Plague in India, 1896, 1897 - Volume 1
Year: 1896
Disease focus: Plague
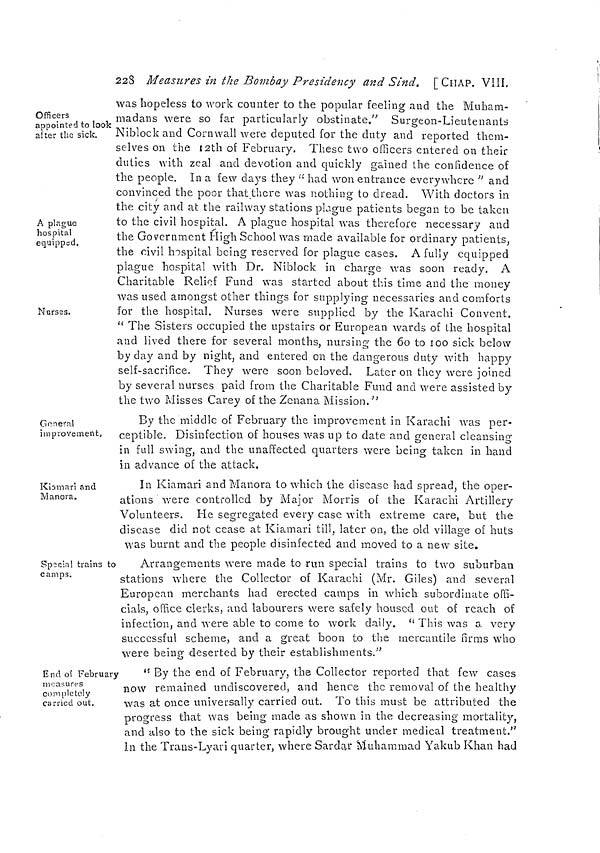
228 Measures in the Bombay Presidency and Sind. [CHAP. VIII.
Officers
appointed to look
after the sick.
A plague
hospital
equipped.
Nurses.
was hopeless to work counter to the popular feeling and the Muham-
madans were so far particularly obstinate." Surgeon-Lieutenants
Niblock and Cornwall were deputed for the duty and reported them-
selves on the 12th of February. These two officers entered on their
duties with zeal and devotion and quickly gained the confidence of
the people. In a few days they "had won entrance everywhere" and
convinced the poor that there was nothing to dread. With doctors in
the city and at the railway stations plague patients began to be taken
to the civil hospital. A plague hospital was therefore necessary and
the Government High School was made available for ordinary patients,
the civil hospital being reserved for plague cases. A fully equipped
plague hospital with Dr. Niblock in charge was soon ready. A
Charitable Relief Fund was started about this time and the money
was used amongst other things for supplying necessaries and comforts
for the hospital. Nurses were supplied by the Karachi Convent.
" The Sisters occupied the upstairs or European wards of the hospital
and lived there for several months, nursing the 60 to 100 sick below
by day and by night, and entered on the dangerous duty with happy
self-sacrifice. They were soon beloved. Later on they were joined
by several nurses paid from the Charitable Fund and were assisted by
the two Misses Carey of the Zenana Mission."
General
improvement,
By the middle of February the improvement in Karachi was per-
ceptible. Disinfection of houses was up to date and general cleansing
in full swing, and the unaffected quarters were being taken in hand
in advance of the attack,
Kiamari and
Manora.
In Kiamari and Manora to which the disease had spread, the oper-
ations were controlled by Major Morris of the Karachi Artillery
Volunteers. He segregated every case with extreme care, but the
disease did not cease at Kiamari till, later on, the old village of huts
was burnt and the people disinfected and moved to a new site.
Special trains to
camps.
Arrangements were made to run special trains to two suburban
stations where the Collector of Karachi (Mr. Giles) and several
European merchants had erected camps in which subordinate offi-
cials, office clerks, and labourers were safely housed out of reach of
infection, and were able to come to work daily. " This was a very
successful scheme, and a great boon to the mercantile firms who
were being deserted by their establishments."
End of February
measures
completely
carried out.
"By the end of February, the Collector reported that few cases
now remained undiscovered, and hence the removal of the healthy
was at once universally carried out. To this must be attributed the
progress that was being made as shown in the decreasing mortality,
and also to the sick being rapidly brought under medical treatment."
In the Trans-Lyari quarter, where Sardar Muhammad Yakub Khan had